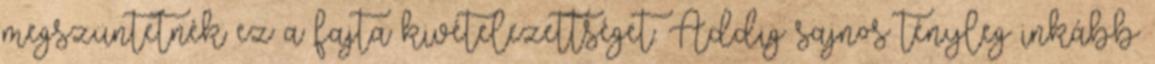
megszüntetnék ez a fajta kivételezettséget. Addig sajnos tényleg inkább